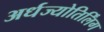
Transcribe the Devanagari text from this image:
अर्धज्योतिर्लिंग